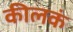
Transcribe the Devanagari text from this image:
कीलकं